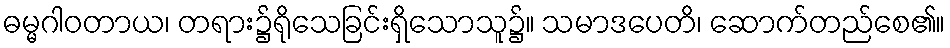
ဓမ္မဂါဝတာယ၊ တရား၌ရိုသေခြင်းရှိသောသူ၌။ သမာဒပေတိ၊ ဆောက်တည်စေ၏။